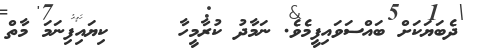
ދެބަޔަކަށް ބައްސަވައިފީމެވެ. ނަމާދު ކުރާމީހާ     ކިޔައިފިނަމަ މާތް